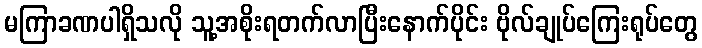
မကြာခဏပါရှိသလို သူ့အစိုးရတက်လာပြီးနောက်ပိုင်း ဗိုလ်ချုပ်ကြေးရုပ်တွေ